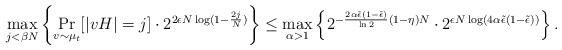
LaTeX: \begin{align*} \max_{ j<\beta N}\left\{ \Pr_{v\sim \mu_t}[|v H|=j]\cdot 2^{2\epsilon N\log(1-\frac{2j}{N})} \right\}\leq\max_{ \alpha> 1}\left\{ 2^{-\frac{2\alpha\tilde{\epsilon}(1-\tilde{\epsilon})}{\ln2}(1-\eta) N}\cdot 2^{\epsilon N\log(4\alpha\tilde{\epsilon}(1-\tilde{\epsilon}))} \right\}.\end{align*}